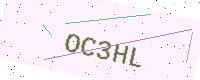
Text: OC3HL